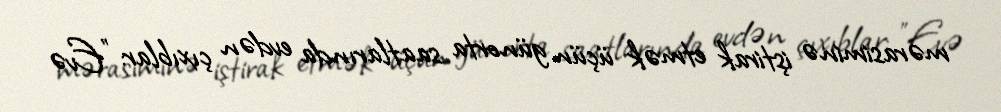
mərasiminə iştirak etmək üçün günorta saatlarında evdən çıxıblar: "Evə